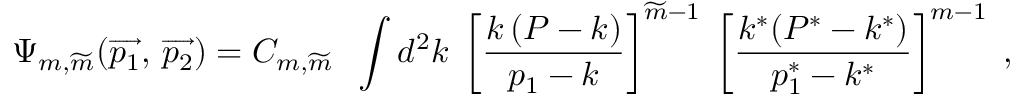
\Psi _ { m , \widetilde { m } } ( \overrightarrow { p _ { 1 } } , \, \overrightarrow { p _ { 2 } } ) = C _ { m , { \widetilde m } } \; \; \int d ^ { 2 } k \; \left[ { \frac { k \, ( P - k ) } { p _ { 1 } - k } } \right] ^ { { \widetilde m } - 1 } \; \left[ { \frac { k ^ { * } ( P ^ { * } - k ^ { * } ) } { p _ { 1 } ^ { * } - k ^ { * } } } \right] ^ { m - 1 } \; ,